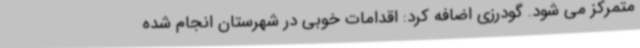
متمرکز می شود. گودرزی اضافه کرد: اقدامات خوبی در شهرستان انجام شده